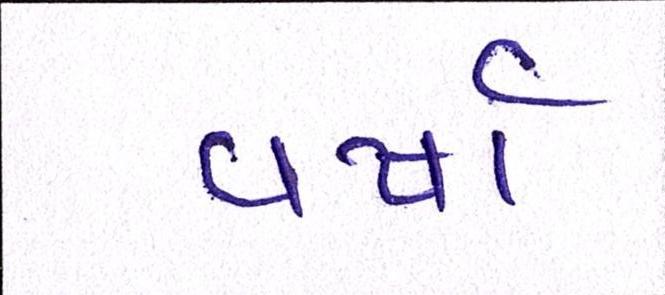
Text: વર્ષા